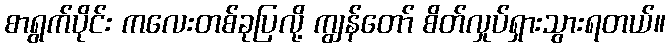
စာရွက်ပိုင်း ကလေးတစ်ခုပြလို့ ကျွန်တော် စိတ်လှုပ်ရှားသွားရတယ်။